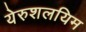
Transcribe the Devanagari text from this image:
येरुशलयिम